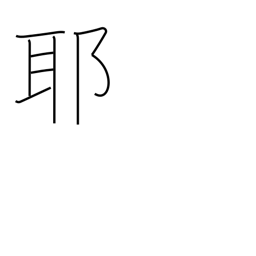
Meaning: question mark